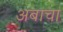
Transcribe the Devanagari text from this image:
अबाचा